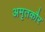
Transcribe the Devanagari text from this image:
अमृतकौर